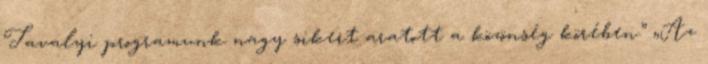
Tavalyi programunk nagy sikert aratott a közönség körében.” „Az